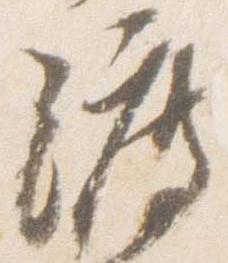
渡